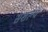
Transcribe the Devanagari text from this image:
सशल्य